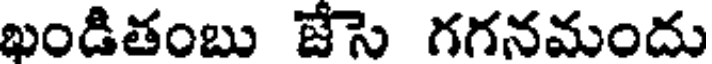
ఖండితంబు జేసె గగనమందు